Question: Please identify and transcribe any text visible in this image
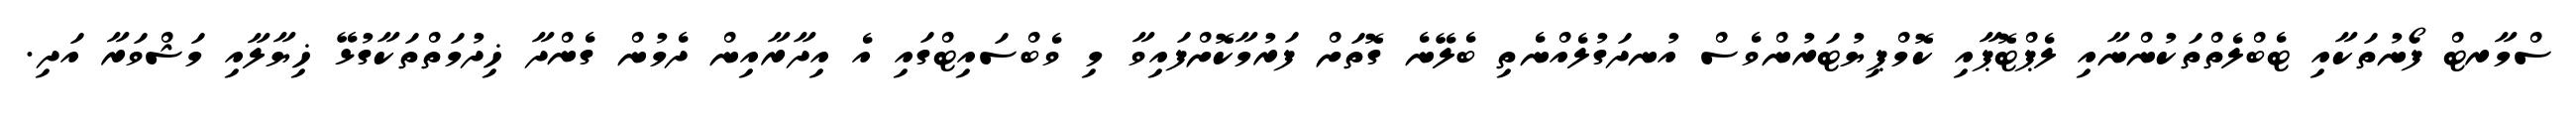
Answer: ސްމާރޓް ފޯނުތަކާއި ޓެބްލެތްތަކުންނާއި ލެޕްޓޮޕާއި ކޮމްޕިޔުޓަރުންވެސް އުނދަގުލެއްނެތި ބެލޭނެ ގޮތަށް ފަރުމާކޮށްފައިވާ މި ވެބްސައިޓްގައި އެ އިދާރާއިން ދެމުން ގެންދާ ޚިދުމަތްތަކާގުޅޭ ޚިޔާލާއި މަޝްވަރާ އަދި.